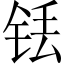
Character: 铥